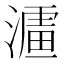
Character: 𱨪